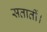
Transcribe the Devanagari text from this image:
सतातीं।